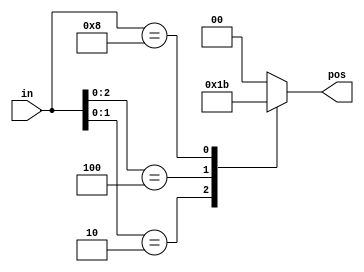
// synthesis verilog_input_version verilog_2001

module top_module (
    input [3:0] in,
    output reg [1:0] pos  );
    always@(*)
        begin
        casex(in)
            4'b???1: pos = 2'b00;
            4'b??10: pos = 2'b01;
            4'b?100: pos = 2'b10;
            4'b1000: pos = 2'b11;
            default: pos = 0;
        endcase
        end
 
endmodule